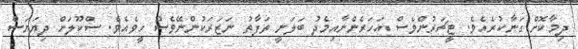
ދިމާކޮށް ގަނާކުރެއެވެ. ޓީޗަރުންވެސް އަހަރެންނާއިމެދު ބަލަނީ ތަފާތު ނަޒަރަކުންނޭވެސް ހީވެއެވެ. ސްކޫލަށް ދިޔަޔަސް